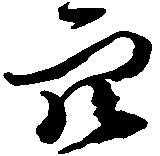
穴